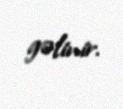
gəlinir.